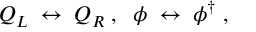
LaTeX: Q _ { L } \; \leftrightarrow \; Q _ { R } \; , \; \; \phi \; \leftrightarrow \; \phi ^ { \dagger } \; ,